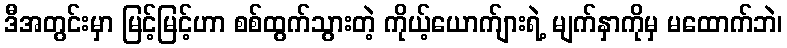
ဒီအတွင်းမှာ မြင့်မြင့်ဟာ စစ်ထွက်သွားတဲ့ ကိုယ့်ယောက်ျားရဲ့ မျက်နှာကိုမှ မထောက်ဘဲ၊